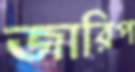
জারিপ